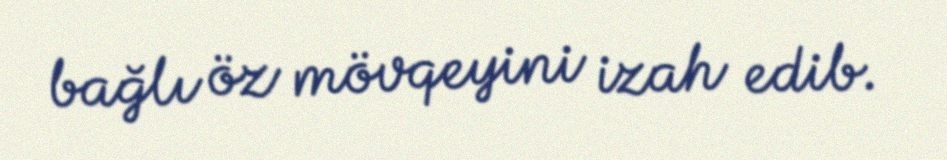
bağlı öz mövqeyini izah edib.